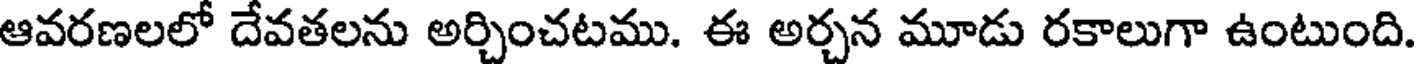
ఆవరణలలో దేవతలను అర్చించటము. ఈ అర్చన మూడు రకాలుగా ఉంటుంది